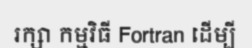
រក្សា កម្មវិធី Fortran ដើម្បី